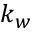
k _ { w }